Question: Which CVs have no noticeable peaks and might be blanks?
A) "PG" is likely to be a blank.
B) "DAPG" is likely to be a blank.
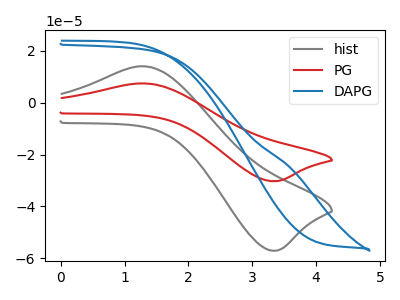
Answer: <think>The gray curve "hist" has an anodic peak at (1.25V, 14.10uA) and a cathodic peak at (3.30V, -57.20uA). The red curve "PG" has an anodic peak at (1.25V, 7.50uA) and a cathodic peak at (3.30V, -30.35uA). The blue curve "DAPG" has no peaks.</think>
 <answer>B) "DAPG" is likely to be a blank.</answer>
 <eval>B</eval>